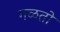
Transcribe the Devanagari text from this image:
गळतो